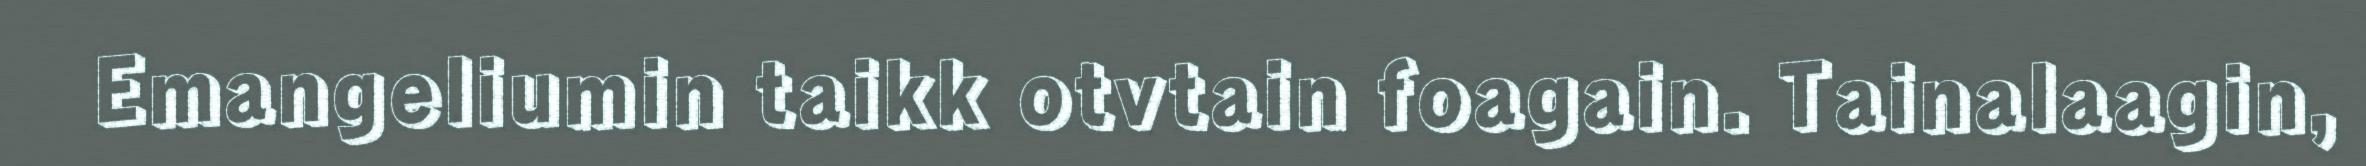
Emangeliumin taikk otvtain foagain. Tainalaagin,